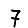
Digit: 7